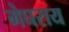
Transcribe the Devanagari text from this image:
मेघराय